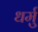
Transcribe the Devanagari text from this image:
धर्मु